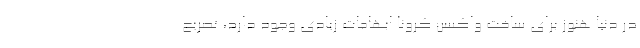
در دنیا هنوز برای ساخت واکسن کرونا ابهامات زیادی وجود دارد، تصریح